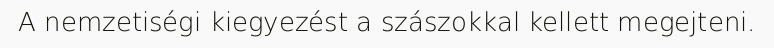
A nemzetiségi kiegyezést a szászokkal kellett megejteni.